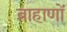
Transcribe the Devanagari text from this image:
ब्राहाणों